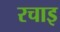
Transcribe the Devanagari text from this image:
रचाइ